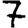
Digit: 7